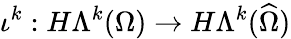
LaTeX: \iota^{k}:H\Lambda^{k}(\Omega)\rightarrow H\Lambda^{k}(\widehat\Omega)